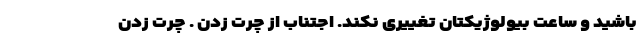
باشید و ساعت بیولوژیکتان تغییری نکند. اجتناب از چرت زدن . چرت زدن